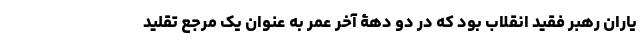
یاران رهبر فقید انقلاب بود که در دو دهۀ آخر عمر به عنوان یک مرجع تقلید